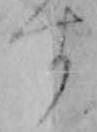
す